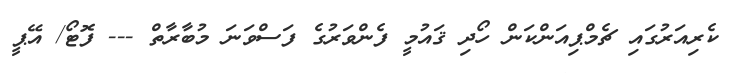
ކެރިއަރުގައި ޗެމްޕިއަންކަން ހޯދި ޤައުމީ ފެންވަރުގެ ފަސްވަނަ މުބާރާތް --- ފޮޓޯ/ އޭޕީ